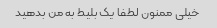
خیلی ممنون لطفا یک بلیط به من بدهید